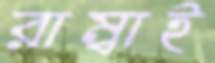
রাম্বাই